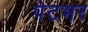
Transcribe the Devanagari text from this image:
पेटभर